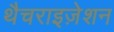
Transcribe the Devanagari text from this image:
थैचराइज़ेशन